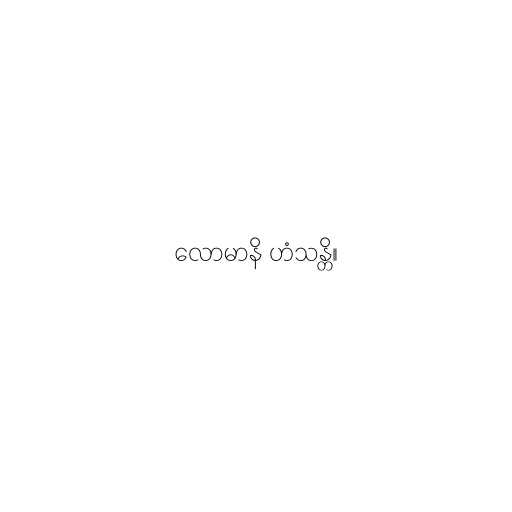
လောမာနိ ဟံသန္တိ။